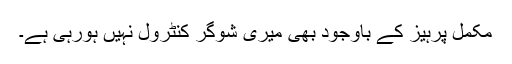
مکمل پرہیز کے باوجود بھی میری شوگر کنٹرول نہیں ہورہی ہے۔